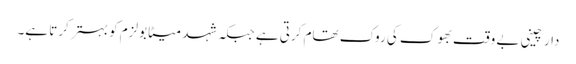
دار چینی بے وقت بھوک کی روک تھام کرتی ہے جبکہ شہد میٹابولزم کو بہتر کرتا ہے۔